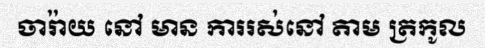
ចារ៉ាយ នៅ មាន ការរស់នៅ តាម ត្រកូល